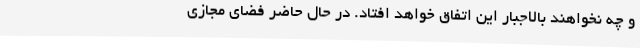
و چه نخواهند بالاجبار این اتفاق خواهد افتاد. در حال حاضر فضای مجازی